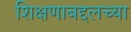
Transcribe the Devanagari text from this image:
शिक्षणाबद्दलच्या